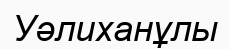
Уәлиханұлы